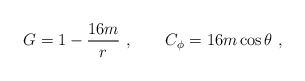
\begin{align*}G=1-{16m\over r}\ ,\qquad C_\phi=16m\cos\theta\ ,\end{align*}